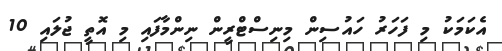
އެކަމަކު މި ފަހަރު ހައުސިން މިނިސްޓްރީން ނިންމާފައި މި އޮތީ ޖުލައި 10